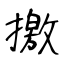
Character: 撽